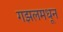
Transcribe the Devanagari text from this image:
गझलमधून